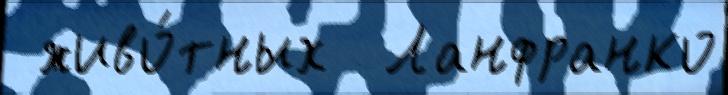
 живо́тных  Ланфранко